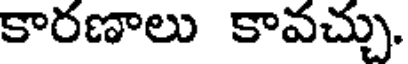
కారణాలు కావచ్చు.